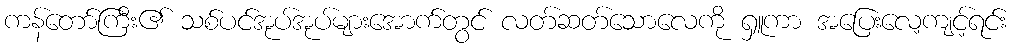
ကန်တော်ကြီး၏ သစ်ပင်အုပ်အုပ်များအောက်တွင် လတ်ဆတ်သောလေကို ရှူကာ အပြေးလေ့ကျင့်ရင်း